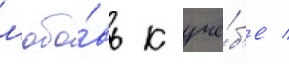
л'юбо́вь к учё́б'е /